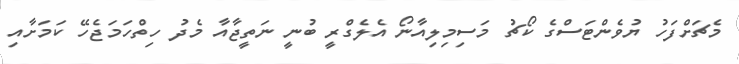
މެޗަށްފަހު ޔުވެންޓަސްގެ ކޯޗު މަސިމިލިއާނޯ އެލެގްރީ ބުނީ ނަތީޖާއާ މެދު ހިތްހަމަޖެހޭ ކަމަށާއި